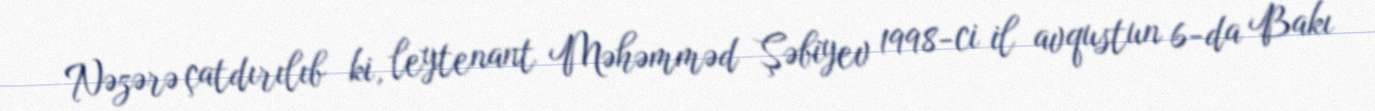
Nəzərə çatdırılıb ki, leytenant Məhəmməd Şəbiyev 1998-ci il avqustun 6-da Bakı